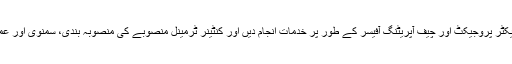
آپ نے پی آئی سی ٹی میں ڈائریکٹر پروجیکٹ اور چیف آپریٹنگ آفیسر کے طور پر خدمات انجام دیں اور کنٹینر ٹرمینل منصوبے کی منصوبہ بندی، سمنوی اور عمل درآمد کے انچارج بھی رہے۔